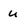
Character: u